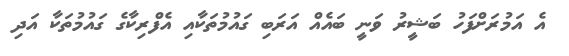
އެ އަމުރަށްފަހު ބަޝީރު ވަނީ ބައެއް އަރަބި ގައުމުތަކާއި އެފްރިކާގެ ގައުމުތަކާ އަދި